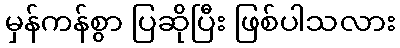
မှန်ကန်စွာ ပြဆိုပြီး ဖြစ်ပါသလား